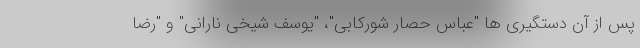
پس از آن دستگیری ها "عباس حصار شورکابی"، "یوسف شیخی نارانی" و "رضا